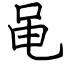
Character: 黾